Report of the Indian Hemp Drugs Commission, 1894-1895 - Volume III
Year: 1894
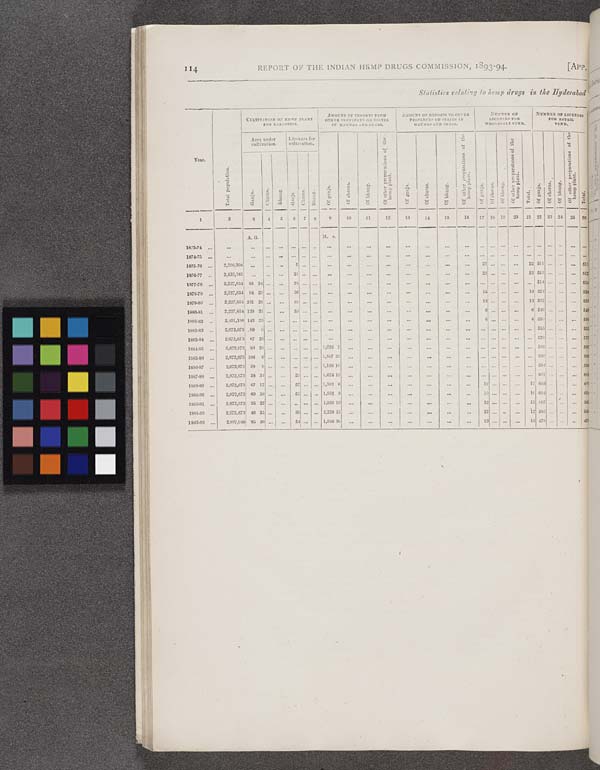
114
REPORT OF THE INDIAN HEMP DRUGS COMMISSION, 1893-94.
[APP.
Statistics relating to hemp drugs in the Hyderabad
Year.
Total population.
CULTIVATION OF HEMP PLANT
FOR NARCOTICS.
AMOUNT OF IMPORTS FROM
OTHER PROVINCES OR STATES
IN MAUNDS AND SEERS.
AMOUNT OF EXPORTS TO OTHER
PROVINCES OF STATES IN
MAUNDS AND SEERS.
NUMBER OF
LICENSES FOR
WHOLESALE VEND.
NUMBER OF LICENSES
FOB RETAIL
VEND.
Year.
Total population.
Area under
cultivation.
Licenses for
cultivation.
Of ganja.
Of charas.
Of bhang.
Of other preparations of the
hemp plant.
Of ganja.
Of charas.
Of bhang.
Of other preparations of the
hemp plant.
Of ganja.
Of charas.
Of bhang.
Of other preparations of the
hemp plant.
Total.
Of ganja.
Of charas.
Of bhang.
Of other preparations of the
hemp plant.
Total.
Year.
Total population.
Ganja.
Charas.
Bhang.
Ganja.
Charas.
Bhang.
Of ganja.
Of charas.
Of bhang.
Of other preparations of the
hemp plant.
Of ganja.
Of charas.
Of bhang.
Of other preparations of the
hemp plant.
Of ganja.
Of charas.
Of bhang.
Of other preparations of the
hemp plant.
Total.
Of ganja.
Of charas.
Of bhang.
Of other preparations of the
hemp plant.
Total.
1
2
3
4
5
6
7
8
9
10
11
12
13
14
15
16
17 18 19
20
21 22 23 24
25
26
A. G.
M. s.
1873-74
5
1874-75
5
1875-76
2,206,398
5
22
22 511
5
1876-77
2,433,182
21
22
22 512
4
1877-78
2,227,654 85 18
25
514
4
1878-79
2,227,654 94 29
36
15
15 524
4
1879-80
2,227,654 241 26
88
12
12 532
4
1880-81
2,227,654 139 31
53
6
6 549
4
1881-82
2,451,196 143 25
6
6 550
4
1882-83
2,672,673 89 0
555
4
1883-84
2,672,673 87 26
579
4
1884-85
2,672,673 80 28
1,033 2
586
4
1885-86
2,672,673 106 0
1,587 32
585
4
1886-87
2,672,673 58 9
1,158 10
594
4
1887-88
2,672,673 38 34
32
1,624 13
601
4
1888-89
2,672,673 67 17
57
1,303 6
12
12 603
4
1889-90
2,672,673 60 36
52
1,862 3
10
10 604
4
1890-91
2,672,673 35 25
1,828 19
12
12 587
4
1891-92
2,672,673 46 35
30
2,229 15
12
12 585
4
1892-93
2,897,040 85 39
54
1,946 30
13
13 478
4